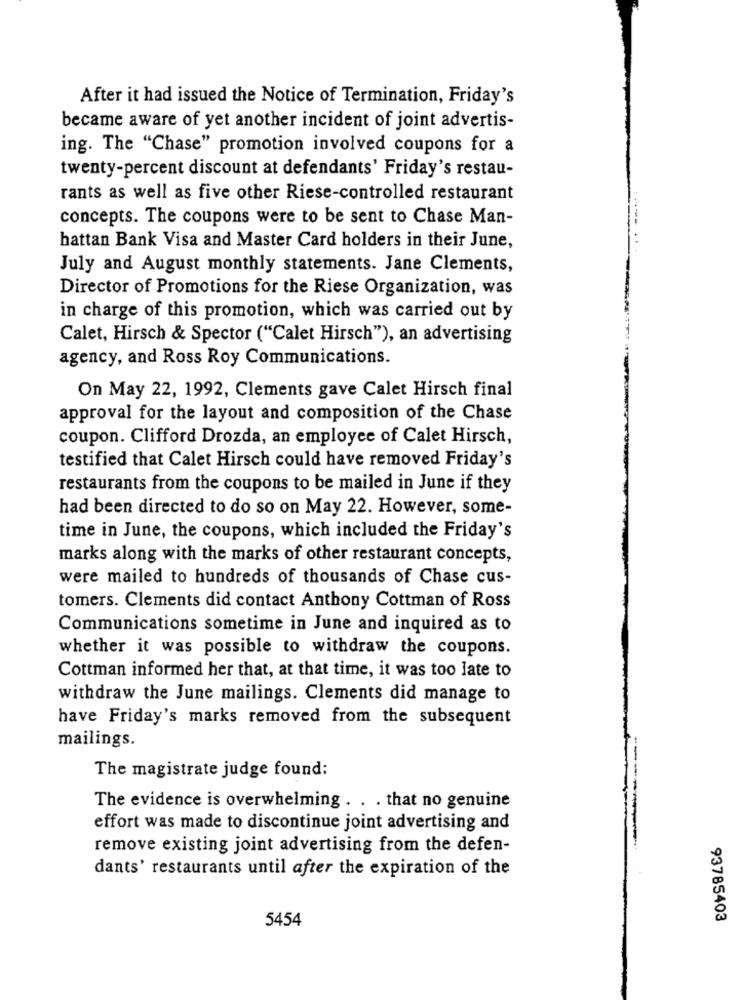
After it had issued the Notice of Termination, Friday's
became aware of yet another incident of joint advertis-
ing. The "Chase" promotion involved coupons for a
twenty-percent discount at defendants' Friday's restau-
rants as well as five other Riese-controlled restaurant
concepts. The coupons were to be sent to Chase Man-
hattan Bank Visa and Master Card holders in their June,
July and August monthly statements. Jane Clements,
Director of Promotions for the Riese Organization, was
in charge of this promotion, which was carried out by
Calet, Hirsch & Spector ("Calet Hirsch"), an advertising
agency, and Ross Roy Communications.
On May 22, 1992, Clements gave Calet Hirsch final
approval for the layout and composition of the Chase
coupon. Clifford Drozda, an employee of Calet Hirsch,
testified that Calet Hirsch could have removed Friday's
restaurants from the coupons to be mailed in June if they
had been directed to do so on May 22. However, some-
time in June, the coupons, which included the Friday's
marks along with the marks of other restaurant concepts,
were mailed to hundreds of thousands of Chase cus-
tomers. Clements did contact Anthony Cottman of Ross
Communications sometime in June and inquired as to
whether it was possible to withdraw the coupons.
Cottman informed her that, at that time, it was too late to
withdraw the June mailings. Clements did manage to
have Friday's marks removed from the subsequent
mailings.
The magistrate judge found:
The evidence is overwhelming . . . that no genuine
effort was made to discontinue joint advertising and
remove existing joint advertising from the defen-
dants' restaurants until after the expiration of the
5454
93785403